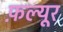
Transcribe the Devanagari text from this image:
फ़ल्यूर